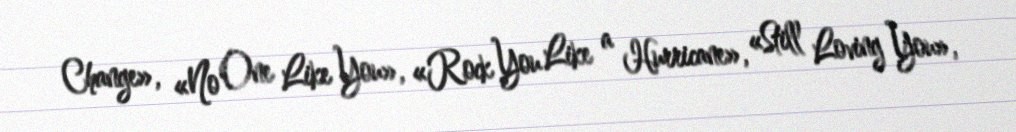
Change», «No One Like You», «Rock You Like a Hurricane», «Still Loving You»,